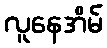
လူနေအိမ်